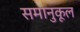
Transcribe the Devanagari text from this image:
समानुकूल